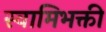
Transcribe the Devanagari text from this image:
स्वामिभक्ती